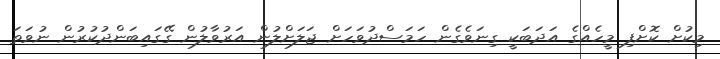
މިކުށް ކޮށްފި މީހެއްގެ އަދަބަކީ ގިނަވެގެން ހަމަސްދުވަހަށް ޖަލަށްލުން އަރުވާލުން ގޭގައިބަންދުކުރުން ނުވަތަ